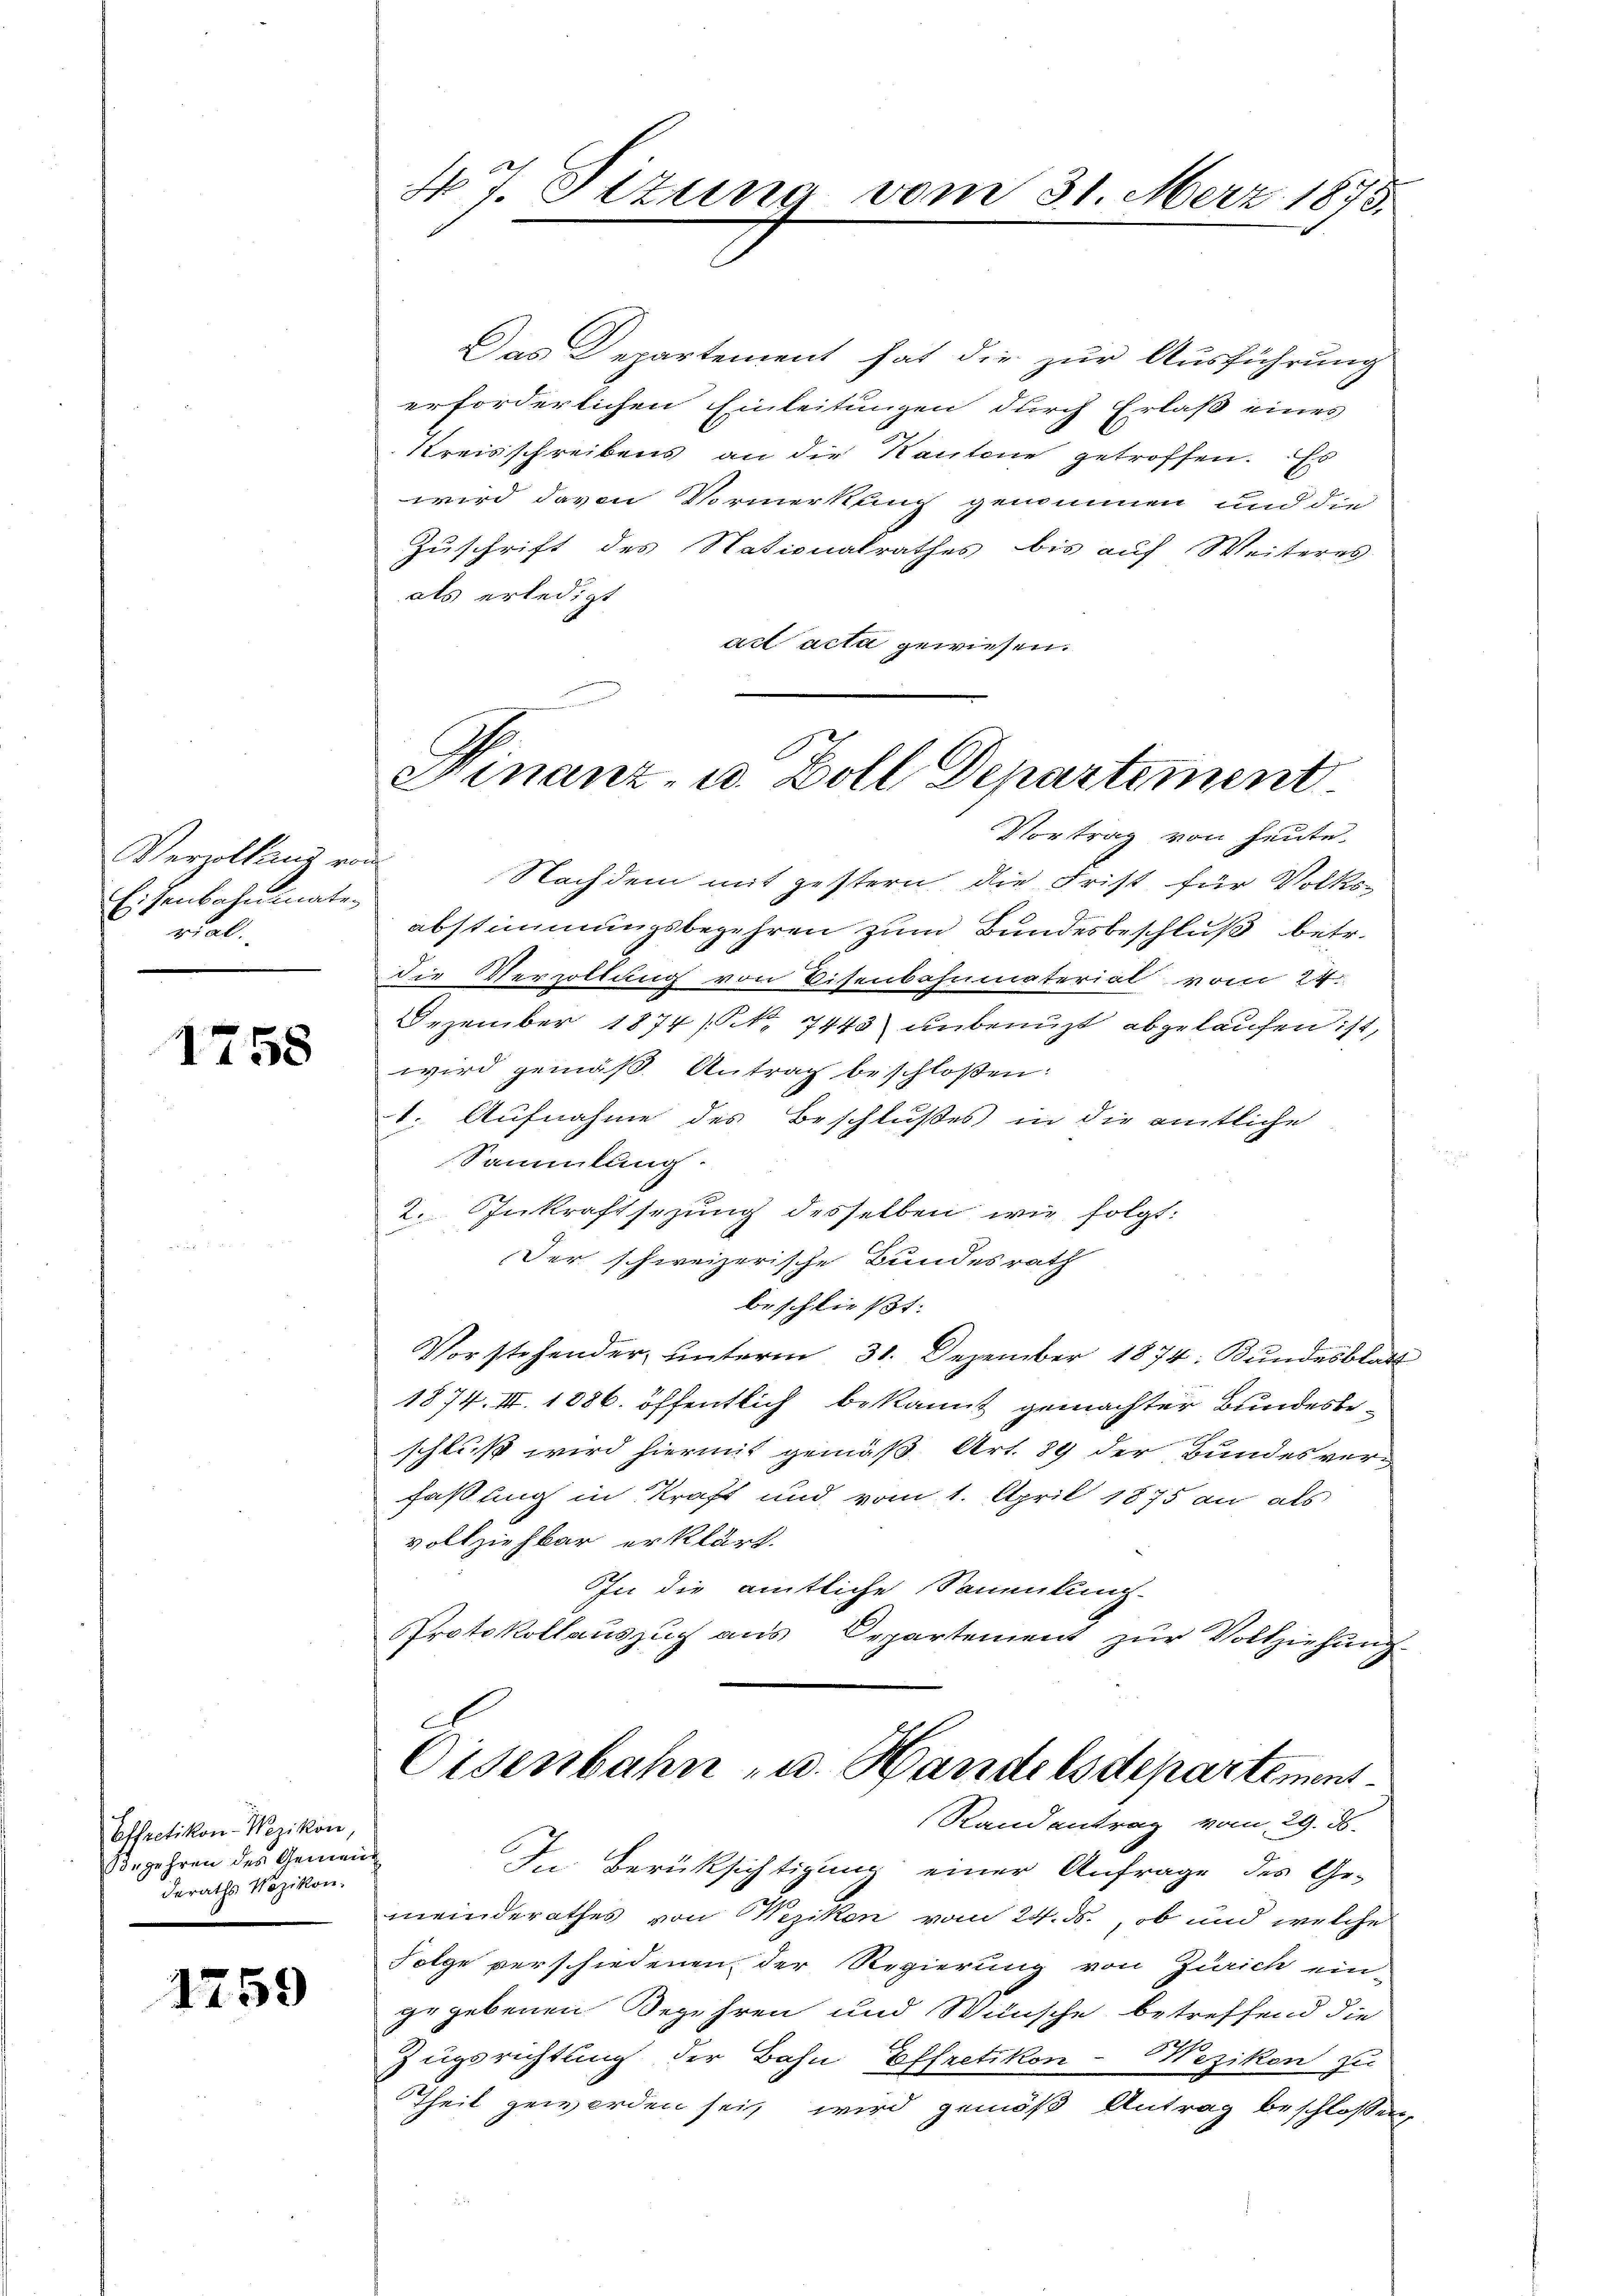
Verzollung von
Eisenbahnmater
rial.

1758

Effretikon-Wezikon
begehren des Gemeinde
deraths Nozikon.

1759

N 7. Sizung vom 31. März 1875.

Das Departement hat die zur Ausführung
erforderlichen Einleitungen durch Erlaß eines
Kreisschreibens an die Kantone getroffen. Es
wird davon Vormerkung genommen und die
Zuschrift des Nationalrathes bis auf Weiteres
als erledigt
ad acta gewiesen.
Vortrag von heute.
Nachdem mit gestern, die Frist für Volksabstimmungsbegehren zum Bundesbeschluß betr.
Die Verzollung von Visenbahnmaterial vom 24.
Dezember 1874 / NNo. 7443) unbenuzt abgelaufen ist,
wird gemäß Antrag beschloßen:
1. Aufnahme des Beschlußes in die amtliche
Sammlung.
2. Inkraftsezung desselben wie folgt:
Der schweizerische Bundesrath
beschließt:
Vorstehender unterm 31. Dezember 1874. Bundesblatt
1874. III. 1886. öffentlich bekannt gemachter Bundesbe-
schluß wird hiermit gemäß Art. 89 der Bundesverfaßung in Kraft und vom 1. April 1875 an als
vollziehbar erklärt.
In die amtliche Sammlung-
Protokollauszug aus Departement zur Vollziehung
Eisenbahn - u. Handelsdepartement
Randantrag vom 29. ds.
In Berücksichtigung einer Anfrage des Ge-
meinderathes von Wezikon vom 24. ds., ob und welche
Folge verschiedenen der Regierung von Zürich ein-
ze gebenen Begehren und Wünsche betreffend die
Zugsrichtung der Bahn Effretikon-Wezikon zu
Theil geworden sei, wird gemäß Antrag beschlossen

Finanz- u. Zoll Departement